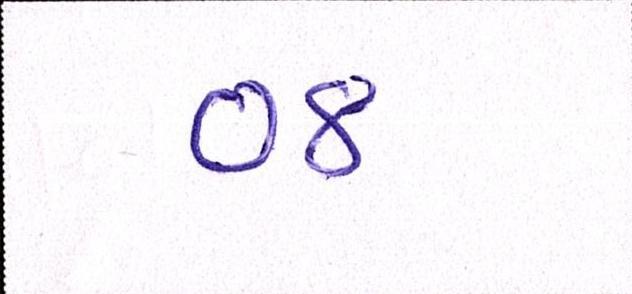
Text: ૦૪